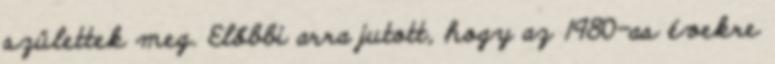
születtek meg. Előbbi arra jutott, hogy az 1980-as évekre